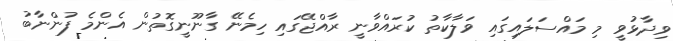
ވިދާޅުވީ މި މައްސަލައިގައި ވަލާކާތު ކުރައްވާނީ ރާއްޖޭގައި ހިމެނޭ ގާނޫނީގޮތުން އެންމެ ފުންނާބު